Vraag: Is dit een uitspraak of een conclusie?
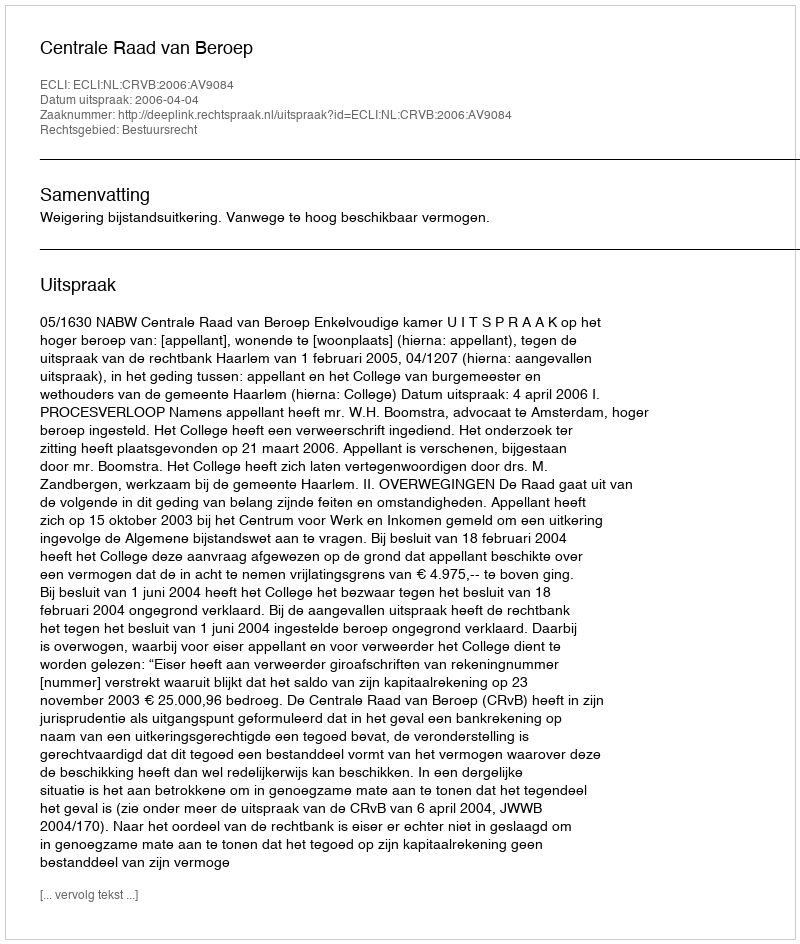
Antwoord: Uitspraak